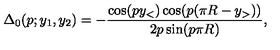
\Delta _ { 0 } ( p ; y _ { 1 } , y _ { 2 } ) = - \frac { \cos ( p y _ { < } ) \cos ( p ( \pi R - y _ { > } ) ) } { 2 p \sin ( p \pi R ) } ,